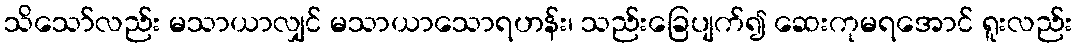
သိသော်လည်း မသာယာလျှင် မသာယာသောရဟန်း၊ သည်းခြေပျက်၍ ဆေးကုမရအောင် ရူးလည်း